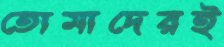
তোমাদেরই